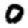
Digit: 0